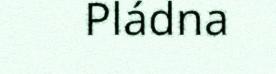
Pládna